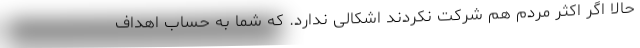
حالا اگر اکثر مردم هم شرکت نکردند اشکالی ندارد. که شما به حساب اهداف